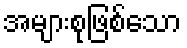
အများစုဖြစ်သော